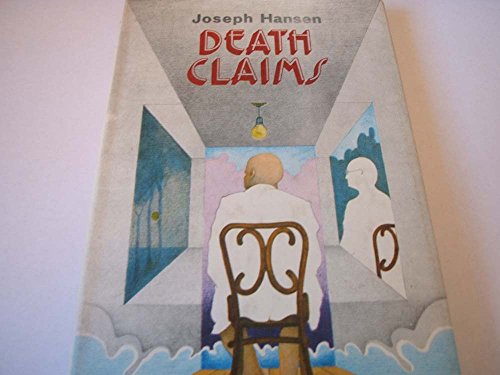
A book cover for Death claims; Joseph Hansen; Gay & Lesbian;